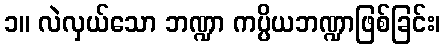
၁။ လဲလှယ်သော ဘဏ္ဍာ ကပ္ပိယဘဏ္ဍာဖြစ်ခြင်း၊